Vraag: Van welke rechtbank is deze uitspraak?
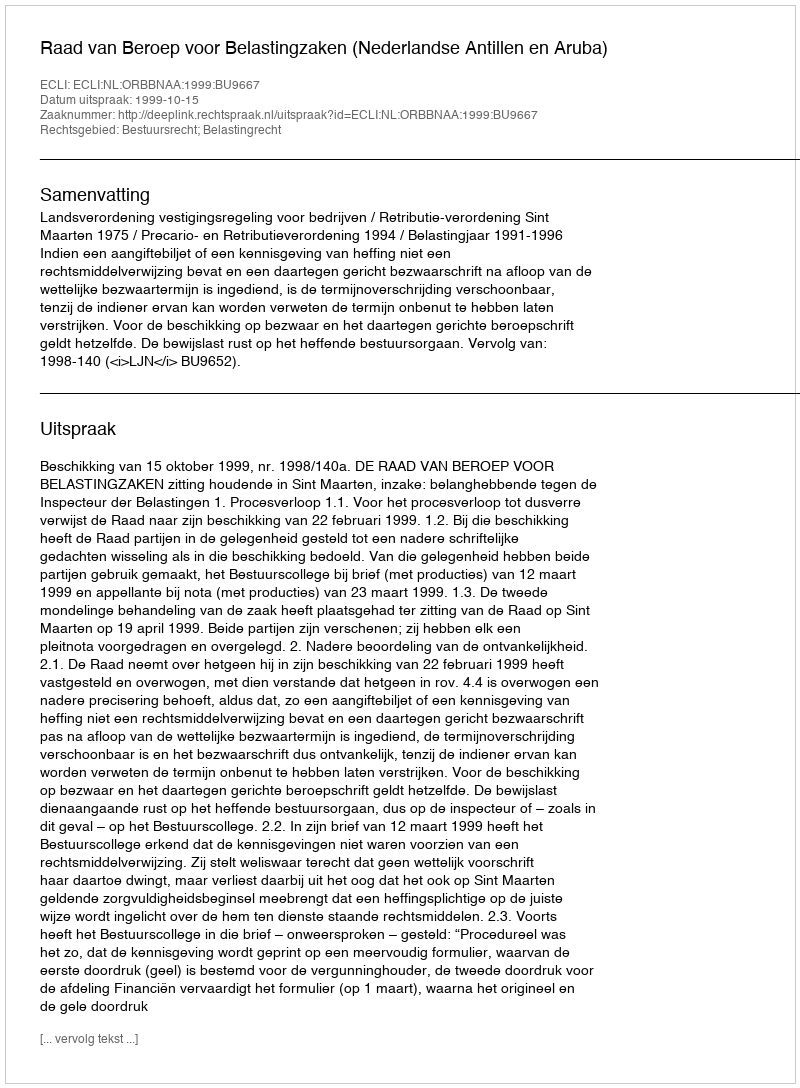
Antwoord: Raad van Beroep voor Belastingzaken (Nederlandse Antillen en Aruba)